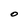
Character: o